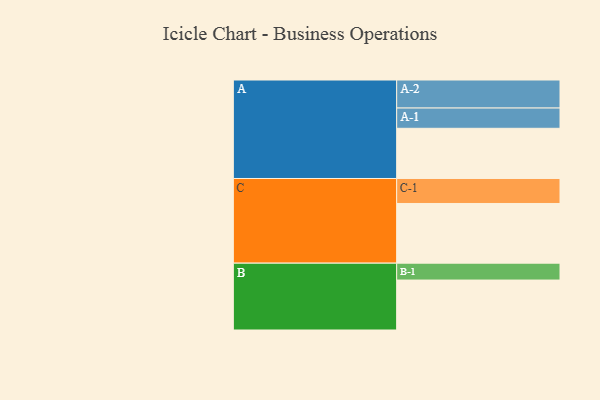
{"axis": {"x": "Segment", "y": "Value"}, "legend": ["", "A", "B", "C"], "data": [{"x": "A", "y": 428, "type": ""}, {"x": "B", "y": 426, "type": ""}, {"x": "C", "y": 509, "type": ""}, {"x": "A-1", "y": 173, "type": "A"}, {"x": "A-2", "y": 239, "type": "A"}, {"x": "B-1", "y": 144, "type": "B"}, {"x": "C-1", "y": 213, "type": "C"}]}